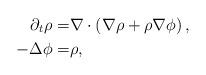
LaTeX: \begin{align*} \partial_t \rho =& \nabla \cdot \left( \nabla \rho+ \rho \nabla \phi \right) , \\ -\Delta \phi =& \rho,\end{align*}